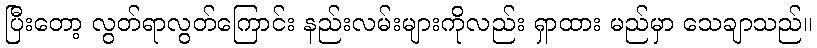
ပြီးတော့ လွတ်ရာလွတ်ကြောင်း နည်းလမ်းများကိုလည်း ရှာထား မည်မှာ သေချာသည်။